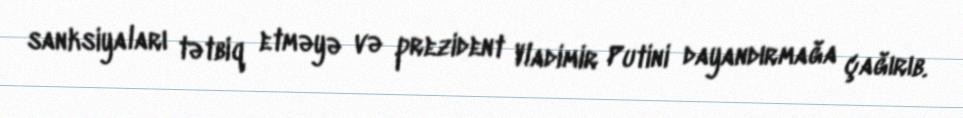
sanksiyaları tətbiq etməyə və prezident Vladimir Putini dayandırmağa çağırıb.